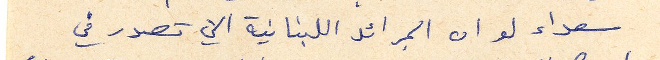
سعداء لو ان الجرائد اللبنانية التي تصدر في